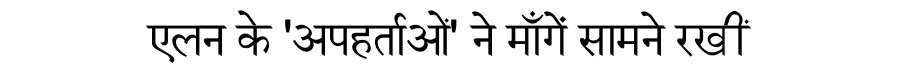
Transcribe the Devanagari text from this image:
एलन के 'अपहर्ताओं' ने माँगें सामने रखीं